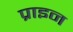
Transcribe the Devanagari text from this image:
प्राइन